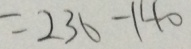
= 2 3 6 - 1 4 0